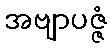
အဗျာပဇ္ဇံ